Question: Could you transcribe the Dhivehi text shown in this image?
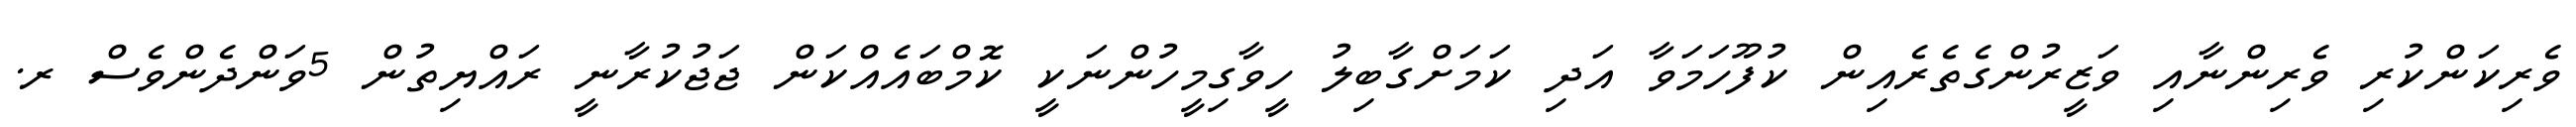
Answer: ވެރިކަންކުރި ވެރިންނާއި ވަޒީރުންގެތެރެއިން ކުފޫހަމަވާ އަދި ކަމަށްގާބިލު ހީވާގިމީހުންނަކީ ކޮމްބައެއްކަން ޖަޖުކުރާނީ ރައްޔިތުން 5ވަންދެންވެސް ރ.